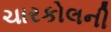
ચારકોલની